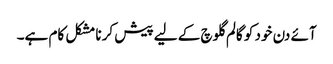
آئے دن خود کو گالم گلوچ کے لیے پیش کرنا مشکل کام ہے۔